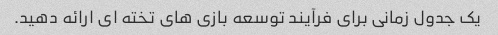
یک جدول زمانی برای فرآیند توسعه بازی های تخته ای ارائه دهید.